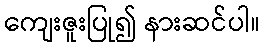
ကျေးဇူးပြု၍ နားဆင်ပါ။